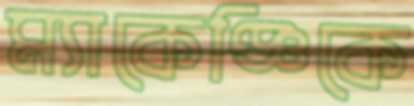
ম্যাকেঞ্জিকে